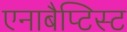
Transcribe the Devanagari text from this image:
एनाबैप्टिस्ट